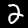
Digit: 2